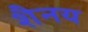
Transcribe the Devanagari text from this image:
शैनय